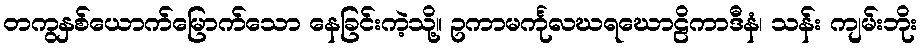
တကွနှစ်ယောက်မြောက်သော နေခြင်းကဲ့သို့။ ဥကာမင်္ကုလဃရဃောဠိကာဒီနံ၊ သန်း ကျမ်းဘိုး